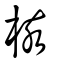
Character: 核